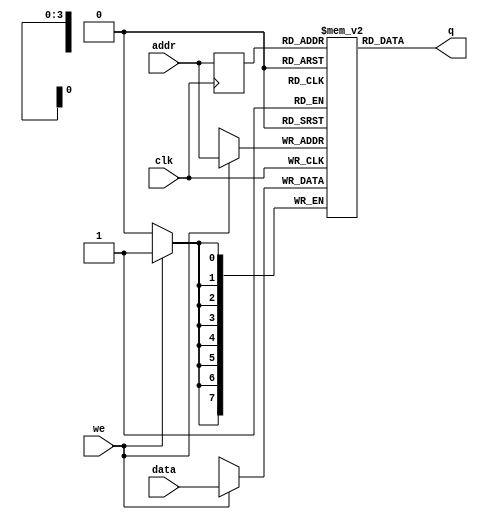
module param_ram #(parameter addr_width = 4, 
                   parameter data_width = 8, 
                   parameter depth = 16) 
    (
    input clk,
    input we,
    input [data_width-1:0] data,
    input [addr_width-1:0] addr,
    output reg [data_width-1:0] q
);

reg [data_width-1:0] ram [depth-1:0];
reg [addr_width-1:0] addr_reg;

always @ (posedge clk)
    begin
        // Escrita da memoria
        if (we)
            ram[addr] <= data;

        addr_reg <= addr;
    end
    
// Atribuicao continua retorna dado
assign q = ram[addr_reg];
endmodule